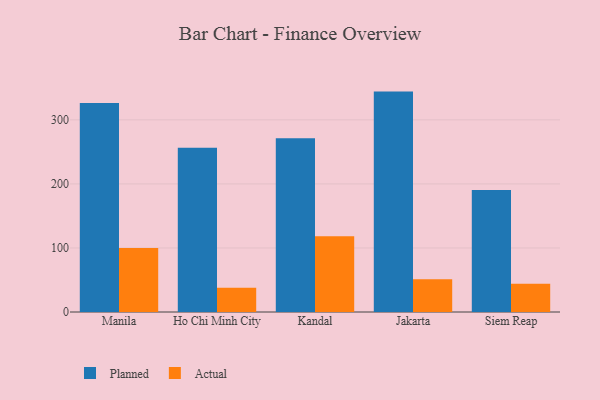
{"axis": {"x": "City", "y": "Market Share (%)"}, "legend": ["Actual", "Planned"], "data": [{"x": "Manila", "y": 326.3, "type": "Planned"}, {"x": "Manila", "y": 100.1, "type": "Actual"}, {"x": "Ho Chi Minh City", "y": 256.3, "type": "Planned"}, {"x": "Ho Chi Minh City", "y": 37.9, "type": "Actual"}, {"x": "Kandal", "y": 271.2, "type": "Planned"}, {"x": "Kandal", "y": 118.2, "type": "Actual"}, {"x": "Jakarta", "y": 344.1, "type": "Planned"}, {"x": "Jakarta", "y": 51.2, "type": "Actual"}, {"x": "Siem Reap", "y": 190.5, "type": "Planned"}, {"x": "Siem Reap", "y": 44.0, "type": "Actual"}]}